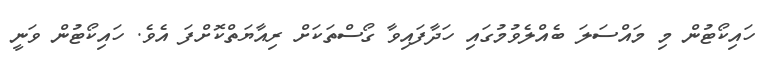
ހައިކޯޓުން މި މަައްސަލަ ބެއްލެވުމުގައި ހަދާފައިވާ ގޯސްތަކަށް ރިއާޔަތްކޮށްފަ އެވެ. ހައިކޯޓުން ވަނީ